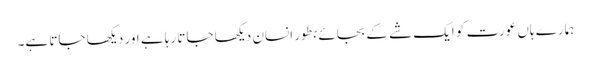
ہمارے ہاں عورت کو ایک شے کے بجائے بطور انسان دیکھا جاتا رہا ہے اور دیکھا جاتا ہے۔